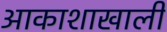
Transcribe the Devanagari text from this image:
आकाशाखाली